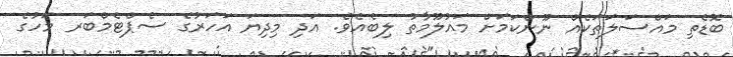
ބޮޑެތި މައްސަލަތަކެއް ނޫންކަމަށް މައުލޫމާތު ލިބެއެވެ. އަދި މިދިޔަ އަހަރުގެ ސެޕްޓެމްބަރ މަހުގެ